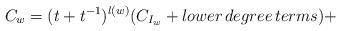
LaTeX: \begin{align*}C_w=(t+t^{-1})^{l(w)}(C_{I_w}+lower\, degree\, terms)+\end{align*}